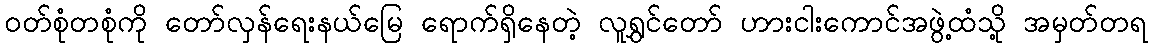
ဝတ်စုံတစုံကို တော်လှန်ရေးနယ်မြေ ရောက်ရှိနေတဲ့ လူရွှင်တော် ဟားငါးကောင်အဖွဲ့ထံသို့ အမှတ်တရ